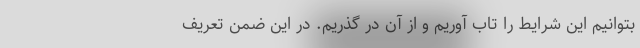
بتوانیم این شرایط را تاب آوریم و از آن در گذریم. در این ضمن تعریف